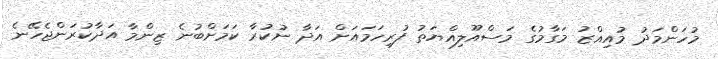
މުހަންމަދު މުއިއްޒު މަގާމުގެ މަސްއޫލިއްޔަތު ފުރިހަމައަށް އަދާ ނުކުރާ ކަމަށްބުނެ ޒިންމާ އަދާކުރަންޖެހޭނެ